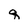
Character: q